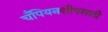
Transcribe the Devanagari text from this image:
चँपियनशीपसाठी